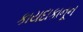
કાયદાકાનૂન